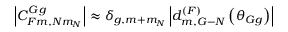
\begin{array} { r } { \left| C _ { F m , N m _ { N } } ^ { G \, g } \right| \approx \delta _ { g , m + m _ { N } } \left| d _ { m , G - N } ^ { ( F ) } \left( \theta _ { G g } \right) \right| } \end{array}